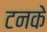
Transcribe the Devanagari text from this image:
टनके